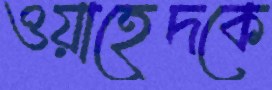
ওয়াহেদকে